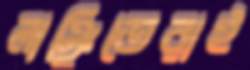
লাঞ্ছিতেরাই